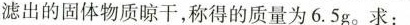
滤出的固体物质晾干，称得的质量为6.5g。求：